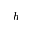
h